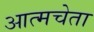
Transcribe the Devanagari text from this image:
आत्मचेता